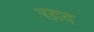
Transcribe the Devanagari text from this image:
रद़द